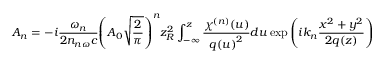
{ { A } _ { n } } = - i { \frac { { \omega } _ { n } } { 2 { { n } _ { n \omega } } c } } { { \left( { { A } _ { 0 } } { \sqrt { \frac { 2 } { \pi } } } \right) } ^ { n } } z _ { R } ^ { 2 } \int _ { - \infty } ^ { z } { { \frac { { { \chi } ^ { ( n ) } } ( u ) } { q { { ( u ) } ^ { 2 } } } } d u } \exp \left( i { { k } _ { n } } { \frac { { { x } ^ { 2 } } + { { y } ^ { 2 } } } { 2 q ( z ) } } \right)